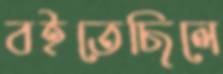
বইতেছিলে